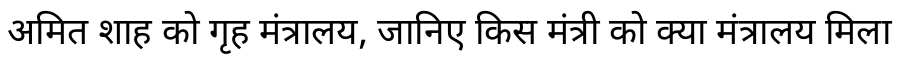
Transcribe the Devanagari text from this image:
अमित शाह को गृह मंत्रालय, जानिए किस मंत्री को क्या मंत्रालय मिला